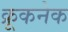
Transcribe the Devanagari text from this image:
क्रूकनेक